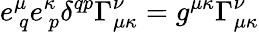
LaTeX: e_{~q}^{\mu}e_{~p}^{\kappa}\delta^{qp}\Gamma_{\mu\kappa}^{\nu}=g^{\mu\kappa}\Gamma_{\mu\kappa}^{\nu}